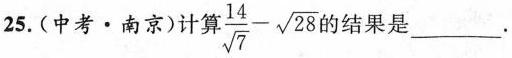
25. (中考·南京)计算 $$\frac{14}{\sqrt{7}}- \sqrt{28}$$ 的结果是___.